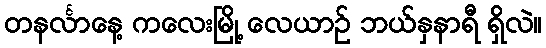
တနင်္လာနေ့ ကလေးမြို့ လေယာဉ် ဘယ်နှနာရီ ရှိလဲ။